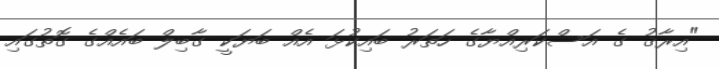
"އިރާޤު ގެ އަސްކަރިއްޔާގެ ހަތަރު ބައިކުޅަ އެއް ބަޔަކީ ގާބިލް ބައެއްގެ ގޮތުގައި